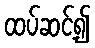
ထပ်ဆင့်၍